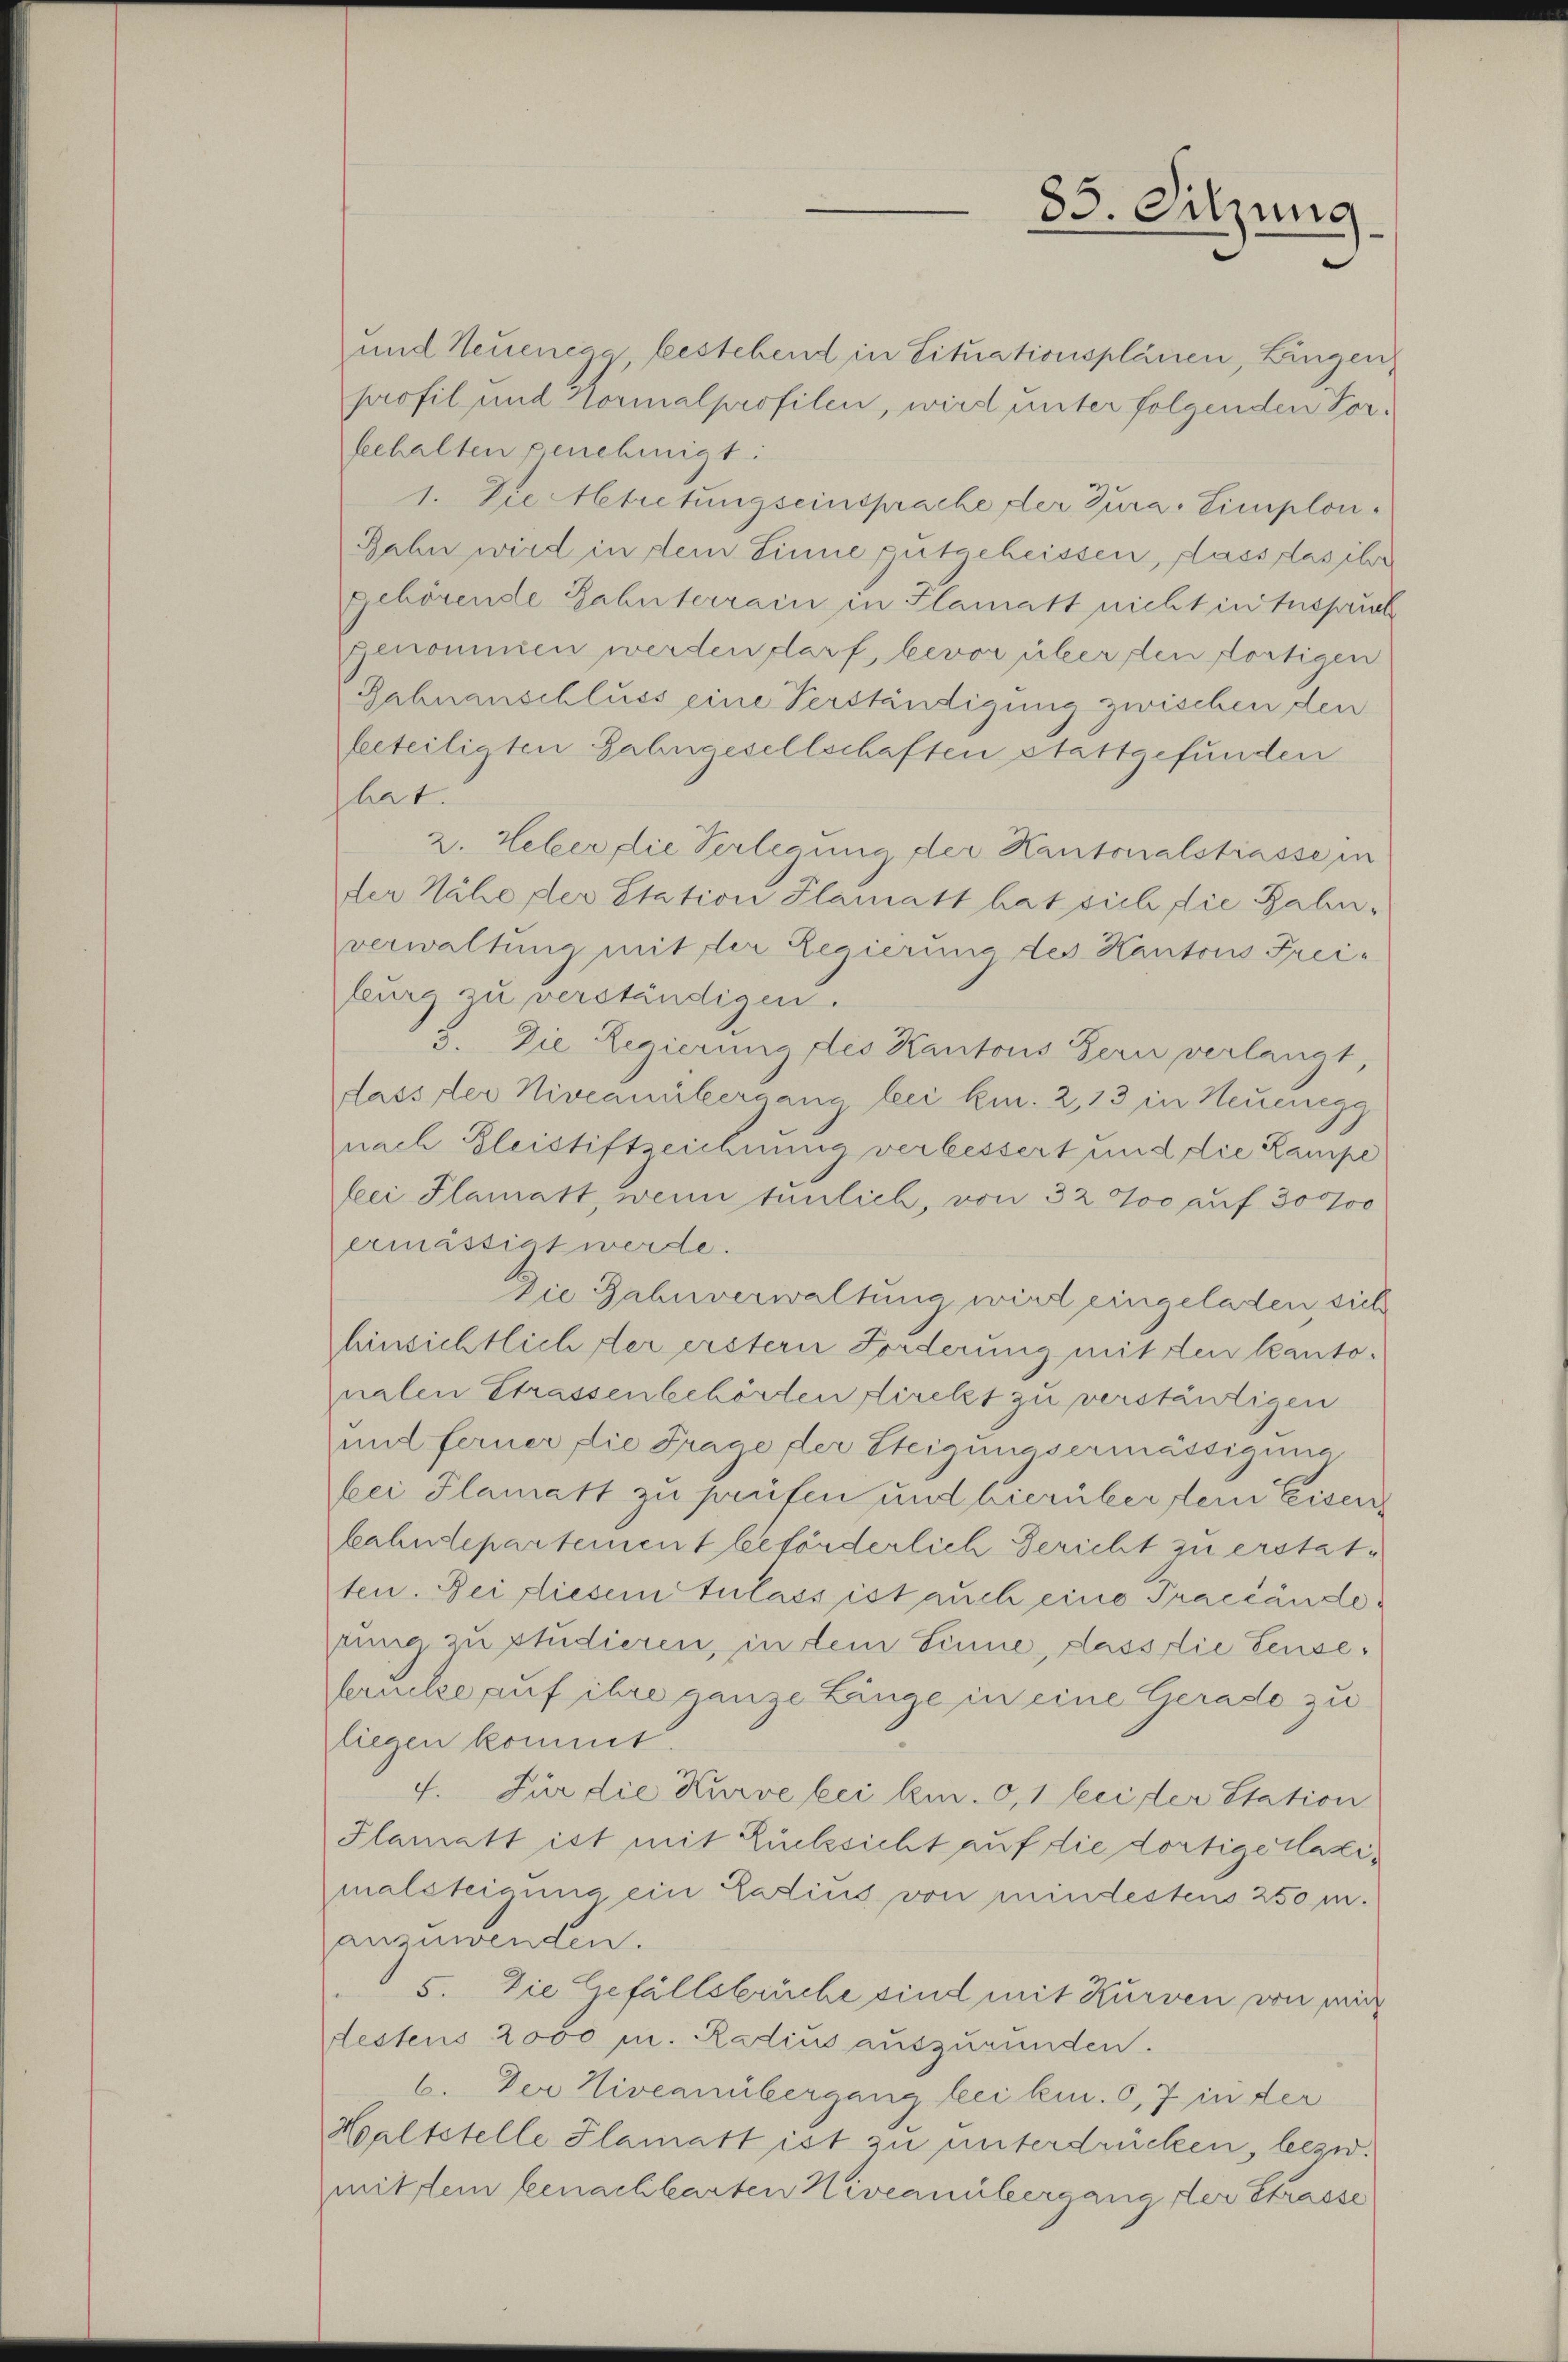
und Neuencac bestehend in Situationsplänen, Lingen
profil und Kormalprofilen, wird unter folgenden Vorbehalten genehmigt:
1. Die Metretungseinsprache der Jura. Eimplon.
Jahn wird in dem Sinne gutgeheissen, lass das ihr
gehörende Zahnterrain in Flamatt nicht in Inspruch
genommen werden darf, bevor über den fortigen
Gahnanschluss eine Verständigung zwischen den
beteiligten Zahngesellschaften stattgefunden
hat.
2. Weber die Verlegung der Kantonalstrasse in
der Nähe der Station Plamatt hat sich die Bahn-
verwaltung mit der Regierung des Kantons Freiburg zu verständigen.
3. Die Regierung des Kantons Bern verlangt,
dass der Niveauübergang bei kn. 2,13 in Neuenegg
nach Bleistiftzeichnung verbessert und die Lampe
feei Plamatt, wenn tunlich, von 32 700 auf 30000
ermässigt werde.
Die Zahnverwaltung wird eingeladen sich
hinsichtlich der erstern Forderung mit den kantonalen Strassenbehörden direkt zu verständigen
und ferner die Frage der Steigungsermässigung
bei Flamatt zu prüfen und hierüber dein Eisenkahndepartement beförderlich Gericht zu erstatten. Bei diesem Tulass ist auch eine Praccändestung zu studieren, in dem Sinne, dass die Leusebrücke auf ihre ganze Linge in eine Gerade zu
liegen kommt.
4. Für die Kurve bei ki. 0,1 leider Station
Plamatt ist mit Rücksicht auf die dortige Taximalsteigung ein Partins von mindestens 250 m.
anzuwenden.
5. Die Gefällsbrüche sind mit Kurven von mi
Hestens 2000 m. Radius auszurunden.
6. Der Livernübergang bei kn. 6, 7 in der
Haltstelle Flamatt ist zu unterdrücken, bezw.
mit dem benachbarten Niveauübergang der Strasse

85. Sitzung